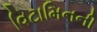
વિટામિનની